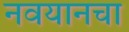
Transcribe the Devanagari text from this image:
नवयानचा